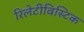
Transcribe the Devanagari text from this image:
रिलेटीविस्टिक